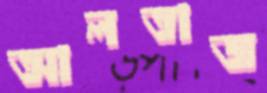
আলতাজ